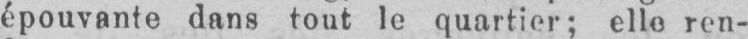
épouvante dans tout le quartier; elle ren-